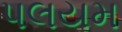
પલયમ